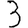
Digit: 3